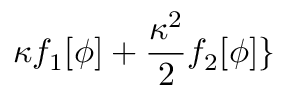
\kappa f _ { 1 } [ \phi ] + \frac { \kappa ^ { 2 } } { 2 } f _ { 2 } [ \phi ] \}